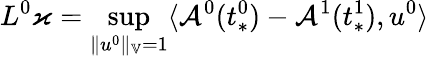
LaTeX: L^{0}\varkappa=\operatorname*{sup}_{\| u^{0}\| _{\mathbb{V}}=1}\langle\mathcal{A}^{0}(t_{*}^{0})-\mathcal{A}^{1}(t_{*}^{1}),u^{0}\rangle